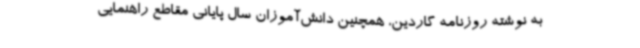
به نوشته روزنامه گاردین، همچنین دانش‌آموزان سال پایانی مقاطع راهنمایی